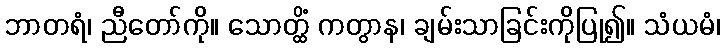
ဘာတရံ၊ ညီတော်ကို။ သောတ္ထိံ ကတွာန၊ ချမ်းသာခြင်းကိုပြု၍။ သံယမံ၊